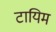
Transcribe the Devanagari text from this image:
टायिम